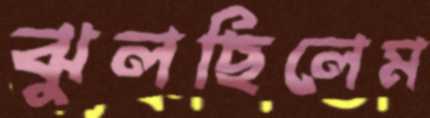
ঝুলছিলেম